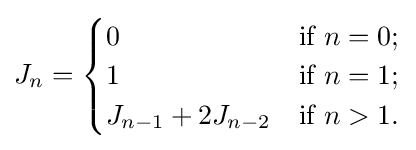
J_{n}={\begin{cases}0&{\mbox{if }}n=0;\\1&{\mbox{if }}n=1;\\J_{n-1}+2J_{n-2}&{\mbox{if }}n>1.\\\end{cases}}